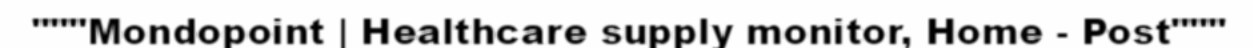
"""Mondopoint | Healthcare supply monitor, Home - Post"""